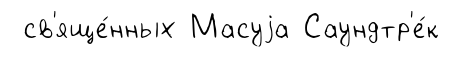
св'яще́нных Масуjа Саундтр'е́к